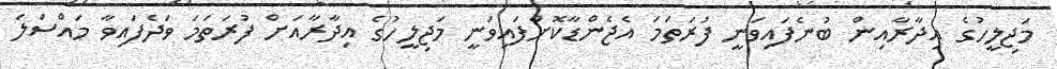
މަޖިލީހުގެ އިދާރާއިން ބުނެފައިވަނީ ފުރަތަމަ އެޖެންޑާކޮށްފައިވަނީ މަޖިލީހުގެ އިދާރާއަށް ފުރަތަމަ ވަދެފައިވާ މައްސަލަ